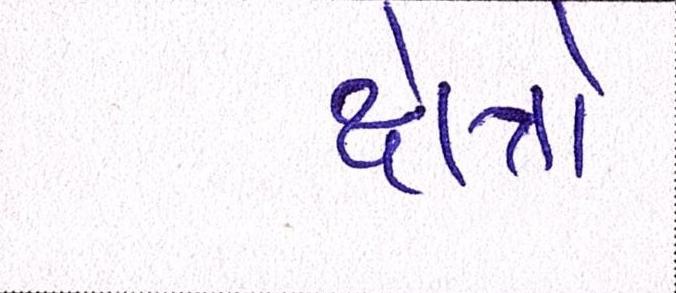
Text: ક્ષેત્રો